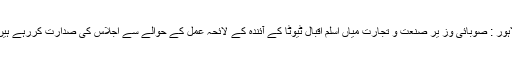
لاہور : صوبائی وز یر صنعت و تجارت میاں اسلم اقبال ٹیوٹا کے آئندہ کے لائحہ عمل کے حوالے سے اجلاس کی صدارت کررہے ہیں۔